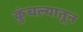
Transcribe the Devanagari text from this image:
कुंचल्यातून